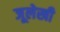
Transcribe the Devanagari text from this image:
जूलेखी